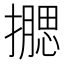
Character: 𰔮